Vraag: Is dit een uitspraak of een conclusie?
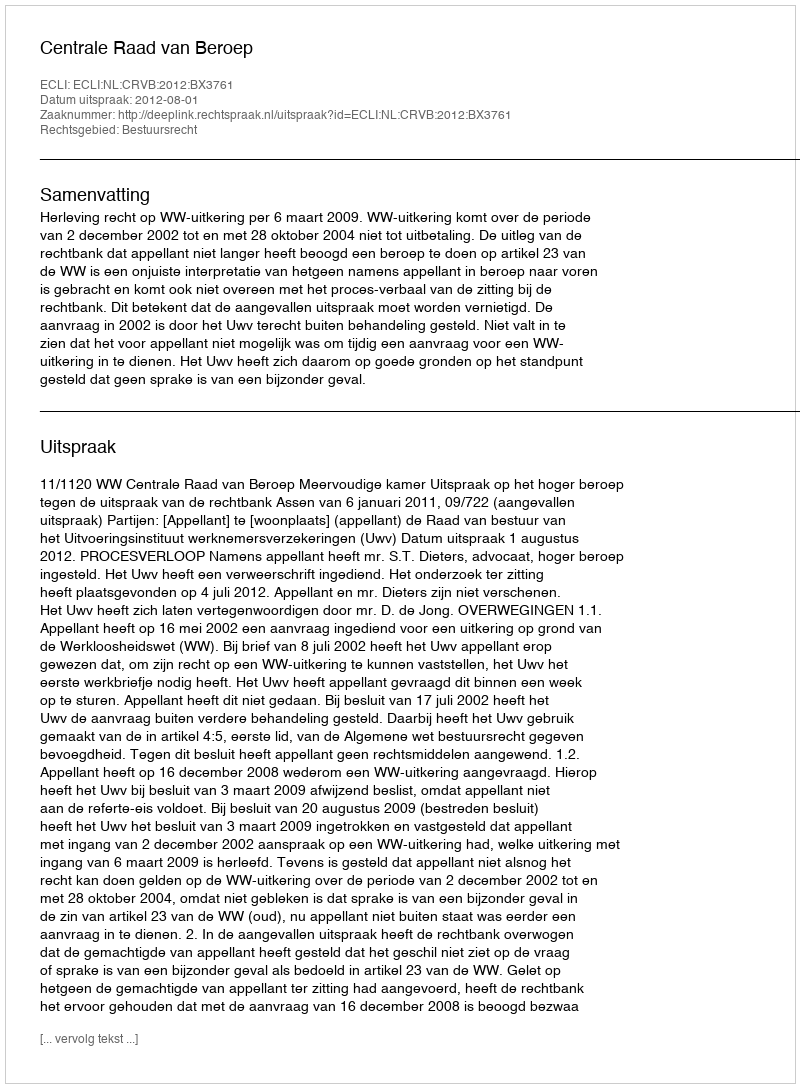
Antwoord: Uitspraak